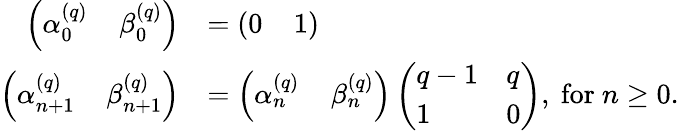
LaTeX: \begin{array}{rl}{\left(\alpha_{0}^{(q)}\; \; \; \; \beta_{0}^{(q)}\right)}&{=(0\; \; \; \; 1)}\\ {\left(\alpha_{n+1}^{(q)}\; \; \; \; \beta_{n+1}^{(q)}\right)}&{=\left(\alpha_{n}^{(q)}\; \; \; \; \beta_{n}^{(q)}\right)\left(\begin{array}{ll}{q-1}&{q}\\ {1}&{0}\end{array}\right),\mathrm{~for~}n\geq 0.}\end{array}